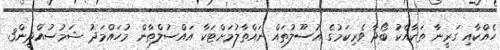
ހެއްކާއި ގަރީނާ ތަކާއެކު ބޯދާ ވެރިކަމުގެ އުސޫލުތައް ނައްތާލުމަށްޓަކާ އައްސުލްޠާން މުހައްމަދު ޝަމުސުއްދީން3